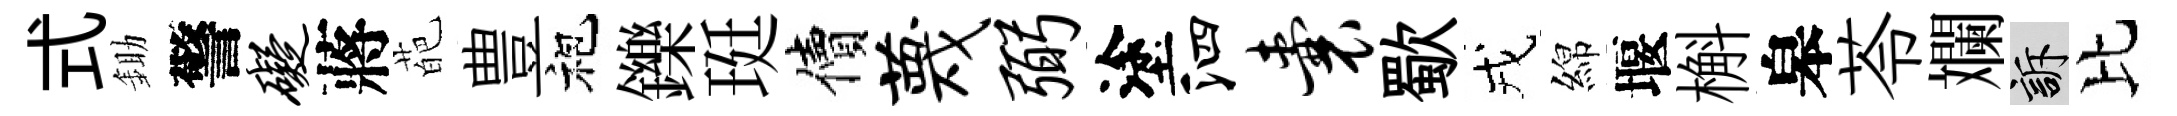
式鋤警碍蔣葩豊袍鑠珽價蔑弼塗泗囊歜戎綿堰槲皋苓斕訴比